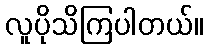
လူပိုသိကြပါတယ်။